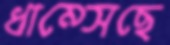
ধাম্‌সেছে